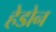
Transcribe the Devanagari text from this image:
हेडोन